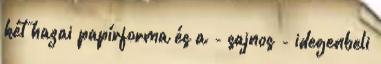
két hazai papírforma és a - sajnos - idegenbeli